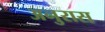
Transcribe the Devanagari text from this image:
अनुरास